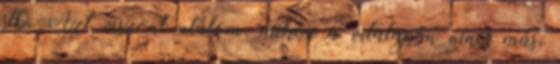
stb. Azt viszont utálom, mikor a vitalapon nincs más,